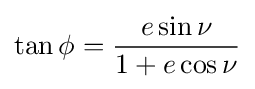
\tan \phi ={\frac {e\sin \nu }{1+e\cos \nu }}